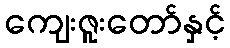
ကျေးဇူးတော်နှင့်